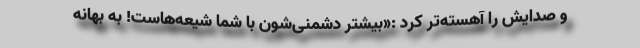
و صدایش را آهسته‌تر کرد :«بیشتر دشمنی‌شون با شما شیعه‌هاست! به بهانه